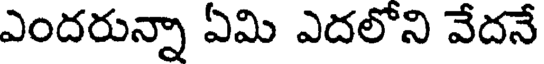
ఎందరున్నా ఏమి ఎదలోని వేదనే